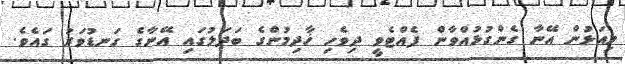
މިއަޅުން އޭނާ ގެންގުޅުއްވާން ފެއްޓެވީ ދިވެހި ޚާދިމުންގެ ބަދަލުގައި އޭނާގެ ގަނޑުވަރު ގައެވެ.